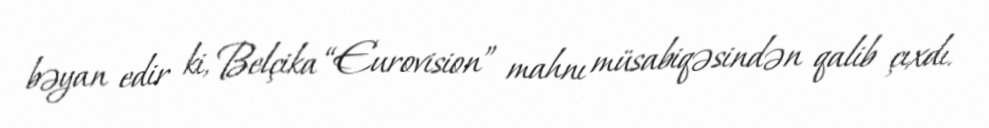
bəyan edir ki, Belçika “Eurovision” mahnı müsabiqəsindən qalib çıxdı.